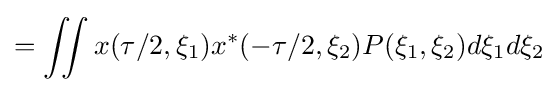
=\iint x(\tau /2,\xi _{1})x^{*}(-\tau /2,\xi _{2})P(\xi _{1},\xi _{2})d\xi _{1}d\xi _{2}